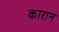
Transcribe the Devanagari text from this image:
कारान